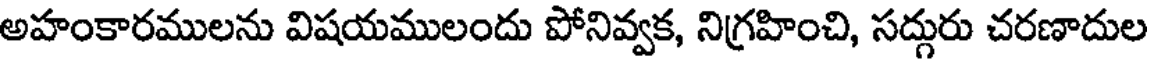
అహంకారములను విషయములందు పోనివ్వక, నిగ్రహించి, సద్గురు చరణాదుల